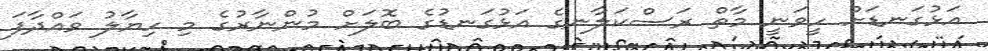
އަޅުގަނޑަށް ހީވަނީ މާތް ރަސްކަލާނގެ އަޅުގަނޑުގެ ބޮލަށް މުންނާރުގެ މި ހިޔާލު ވައްދާފަ